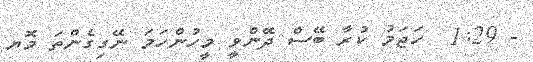
- 1:29  ހަޖަމު ކުރާ ބޭސް ދޭންވީ މީހުންހަމަ ނޭގިގެންތަ މޮޔ